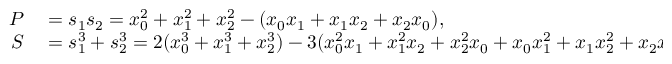
\begin{array} { r l } { P } & { { } = s _ { 1 } s _ { 2 } = x _ { 0 } ^ { 2 } + x _ { 1 } ^ { 2 } + x _ { 2 } ^ { 2 } - ( x _ { 0 } x _ { 1 } + x _ { 1 } x _ { 2 } + x _ { 2 } x _ { 0 } ) , } \\ { S } & { { } = s _ { 1 } ^ { 3 } + s _ { 2 } ^ { 3 } = 2 ( x _ { 0 } ^ { 3 } + x _ { 1 } ^ { 3 } + x _ { 2 } ^ { 3 } ) - 3 ( x _ { 0 } ^ { 2 } x _ { 1 } + x _ { 1 } ^ { 2 } x _ { 2 } + x _ { 2 } ^ { 2 } x _ { 0 } + x _ { 0 } x _ { 1 } ^ { 2 } + x _ { 1 } x _ { 2 } ^ { 2 } + x _ { 2 } x _ { 0 } ^ { 2 } ) + 1 2 x _ { 0 } x _ { 1 } x _ { 2 } . } \end{array}